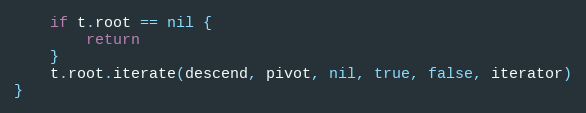
Language: Go
	if t.root == nil {
		return
	}
	t.root.iterate(descend, pivot, nil, true, false, iterator)
}